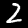
Label: 2